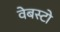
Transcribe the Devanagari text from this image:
वेबस्टो